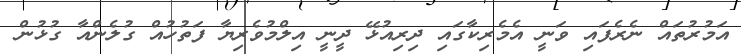
އަމުރުތައް ނެރެފައި ވަނީ އެމެރިކާގައި ދިރިއުޅޭ ދީނީ އިލްމުވެރިޔާ ފަތުހުއް ގުލެންއާ ގުޅުން